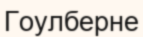
Гоулберне